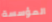
المؤسسة